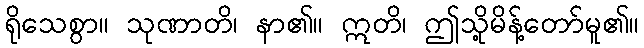
ရိုသေစွာ။ သုဏာတိ၊ နာ၏။ ဣတိ၊ ဤသို့မိန့်တော်မူ၏။